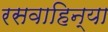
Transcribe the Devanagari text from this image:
रसवाहिन्या